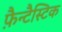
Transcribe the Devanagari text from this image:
फ़ैन्टैस्टिक